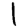
Digit: 1